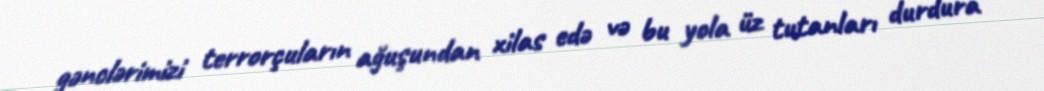
gənclərimizi terrorçuların ağuşundan xilas edə və bu yola üz tutanları durdura